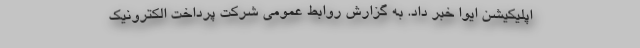
اپلیکیشن ایوا خبر داد. به گزارش روابط عمومی شرکت پرداخت الکترونیک